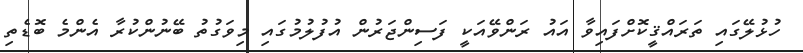
ހުޅުލޭގައި ތަރައްޤީކޮށްފައިވާ އައު ރަންވޭއަކީ ފަސިންޖަރުން އުފުލުމުގައި މިވަގުތު ބޭނުންކުރާ އެންމެ ބޮޑެތި